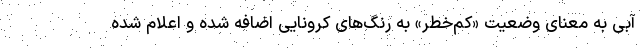
آبی به معنای وضعیت «کم‌خطر» به رنگ‌های کرونایی اضافه شده و اعلام شده